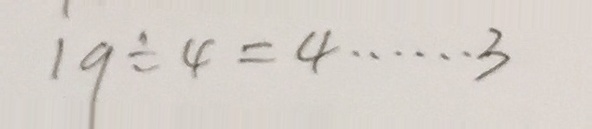
1 9 \div 4 = 4 \dot s \dot s 3